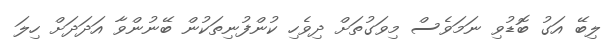
ލިބޭ އަގު ބޮޑުވި ނަމަވެސް މިވަގުތަށް ދިވެހި ކުންފުނިތަކުން ބޭނުންވާ އަދަދަށް ހިލަ